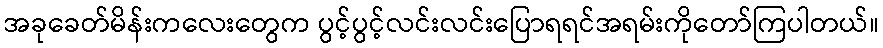
အခုခေတ်မိန်းကလေးတွေက ပွင့်ပွင့်လင်းလင်းပြောရရင်အရမ်းကိုတော်ကြပါတယ်။